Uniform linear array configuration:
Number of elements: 32
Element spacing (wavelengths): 0.5
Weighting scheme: cosine
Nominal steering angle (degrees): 0
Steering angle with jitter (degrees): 0.3853
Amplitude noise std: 0.05
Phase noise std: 0.05

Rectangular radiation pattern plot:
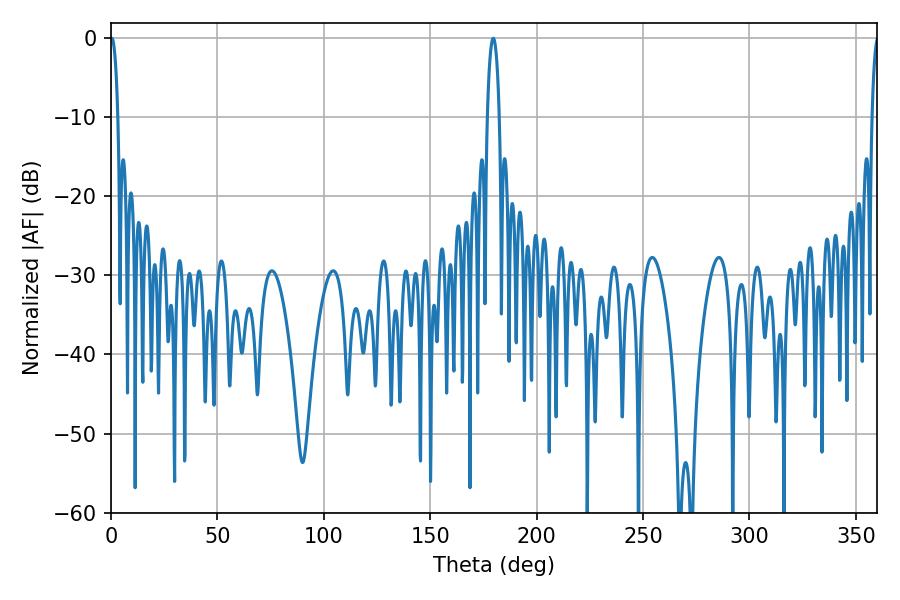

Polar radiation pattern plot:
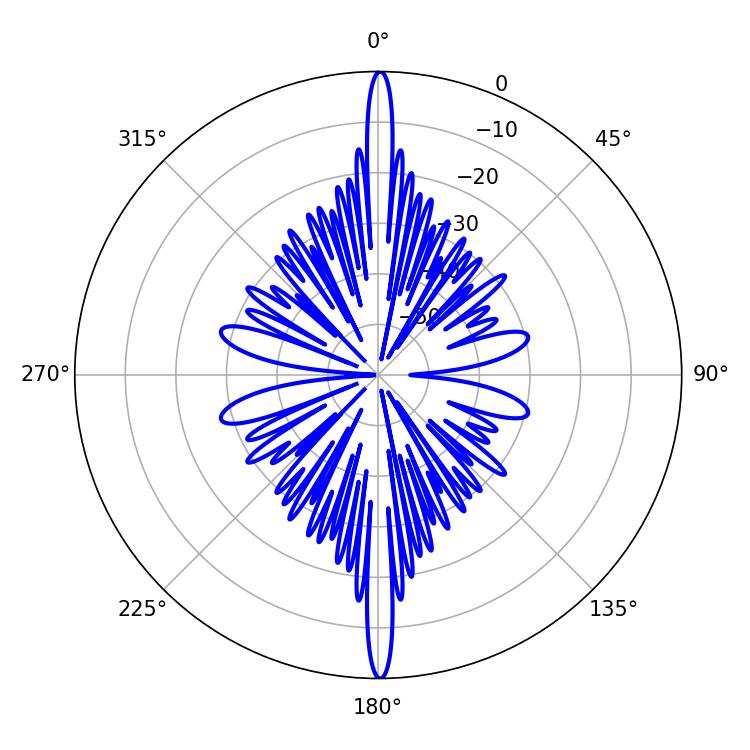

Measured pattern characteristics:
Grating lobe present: FALSE
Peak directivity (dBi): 35.24
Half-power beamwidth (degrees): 1.98
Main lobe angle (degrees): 0.36